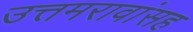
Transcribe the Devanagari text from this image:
उत्तमरावांसह